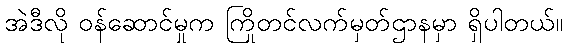
အဲဒီလို ဝန်ဆောင်မှုက ကြိုတင်လက်မှတ်ဌာနမှာ ရှိပါတယ်။